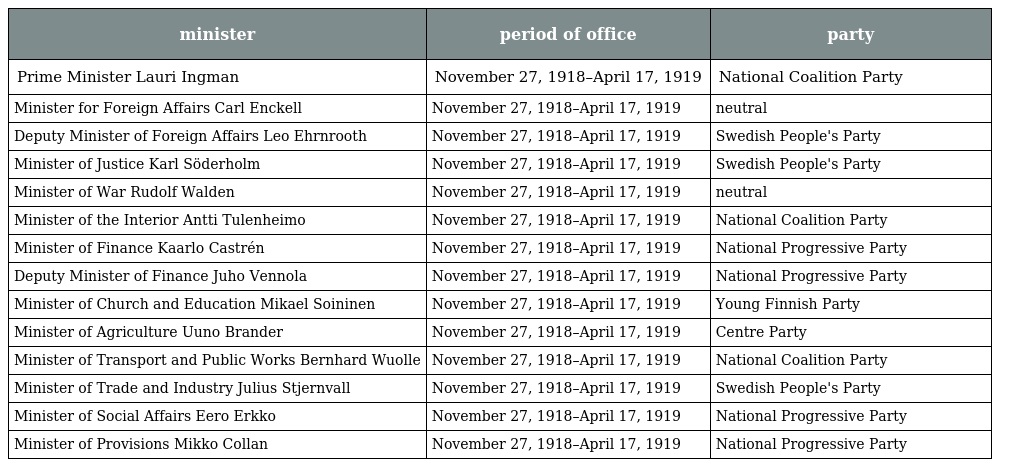
| minister | period of office | party |
 | --- | --- | --- |
 | Prime Minister Lauri Ingman | November 27, 1918–April 17, 1919 | National Coalition Party |
 | Minister for Foreign Affairs Carl Enckell | November 27, 1918–April 17, 1919 | neutral |
 | Deputy Minister of Foreign Affairs Leo Ehrnrooth | November 27, 1918–April 17, 1919 | Swedish People's Party |
 | Minister of Justice Karl Söderholm | November 27, 1918–April 17, 1919 | Swedish People's Party |
 | Minister of War Rudolf Walden | November 27, 1918–April 17, 1919 | neutral |
 | Minister of the Interior Antti Tulenheimo | November 27, 1918–April 17, 1919 | National Coalition Party |
 | Minister of Finance Kaarlo Castrén | November 27, 1918–April 17, 1919 | National Progressive Party |
 | Deputy Minister of Finance Juho Vennola | November 27, 1918–April 17, 1919 | National Progressive Party |
 | Minister of Church and Education Mikael Soininen | November 27, 1918–April 17, 1919 | Young Finnish Party |
 | Minister of Agriculture Uuno Brander | November 27, 1918–April 17, 1919 | Centre Party |
 | Minister of Transport and Public Works Bernhard Wuolle | November 27, 1918–April 17, 1919 | National Coalition Party |
 | Minister of Trade and Industry Julius Stjernvall | November 27, 1918–April 17, 1919 | Swedish People's Party |
 | Minister of Social Affairs Eero Erkko | November 27, 1918–April 17, 1919 | National Progressive Party |
 | Minister of Provisions Mikko Collan | November 27, 1918–April 17, 1919 | National Progressive Party |